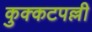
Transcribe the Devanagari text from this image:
कुक्कटपल्ली